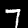
Label: 7